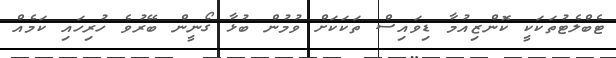
ޓެބްލެޓުތަކަކީ ކޮންޒިއުމާ ޑިވައިސް ތަކަކަށް ވުމުން ބުޅާ ގޯނީން ބޭރުވެ ހުރިހައި ކަމެއް